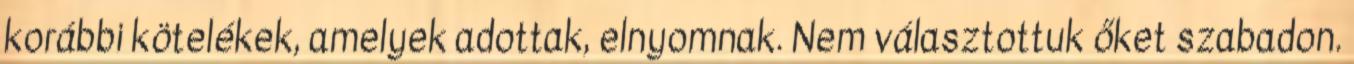
korábbi kötelékek, amelyek adottak, elnyomnak. Nem választottuk őket szabadon.